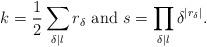
LaTeX: \begin{align*}k=\frac{1}{2}\sum_{\delta |l}r_{\delta}\textrm{ and }s=\prod_{\delta|l}\delta^{|r_{\delta}|}.\end{align*}